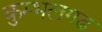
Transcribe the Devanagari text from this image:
कुम्‍भलगढ